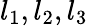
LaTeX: l_{1},l_{2},l_{3}